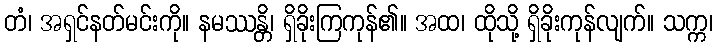
တံ၊ အရှင်နတ်မင်းကို။ နမဿန္တိ၊ ရှိခိုးကြကုန်၏။ အထ၊ ထိုသို့ ရှိခိုးကုန်လျက်။ သက္က၊